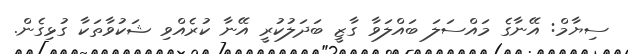
ސިޔާމް: އޭނާގެ މައްސަލަ ބައްލަވާ ގާޒީ ބަދަލުކުރީ އޭނާ ކުރެއްވި ޝަކުވާތަކާ ގުޅިގެން.